Vaccination in the Punjab 1897-1904 - 1897-1904
Year: 1897
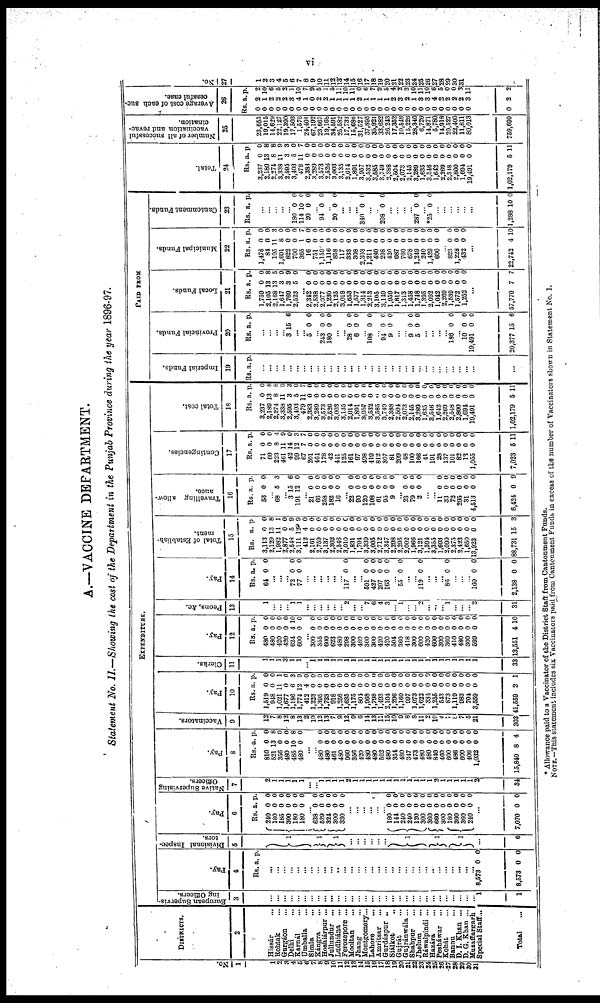
A.—VACCINE DEPARTMENT.
Statement No. II.—Showing the cost of the Department in the Punjab Province during the year 1896-97.
No.
1
1
2
3
4
5
6
7
8
9
10
11
12
13
14
15
16
17
18
19
20
21
22
23
24
25
26
27
28
29
30
31
DISTRICTS.
2
Hissár ...
Rohtak ...
Gurgáon ...
Delhi ...
Karnál ...
Umballa ...
Simla ...
Kángra ...
Hoshiárpur ...
Jullundur ...
Ludhiána ...
Ferozepore ...
Mooltan ...
Jhang ...
Montgomery ...
Lahore ...
Amritsar ...
Gurdáspur ...
Siálkot ...
Gujrát ...
Gujránwála ...
Shahpur ...
Jhelum ...
Ráwalpindi ...
Hazára ...
Pesháwar ...
Kohát ...
Bannu ...
D. I. Khan ...
D. G. Khan ...
Muzaffargarh ...
Special Staff ...
Total ...
EXPENDITURE.
European Supervis-
ing Officers.
3
...
...
...
...
...
...
...
...
...
...
...
...
...
...
...
...
...
...
...
...
...
...
...
...
...
...
...
...
...
...
... 1
1
Pay.
4
Rs. a. p.
...
...
...
...
...
...
... ...
...
... ...
...
...
...
...
...
... ...
...
...
...
... ...
...
......
...
...
... ...
... ...
8,579
8,573
0
0
0
0
Divisional
Inspec¬
tions.
5
1
1
1
...
...
...
...
...
...
1
1
1
...
6
Pay.
6
Rs.
240
180
185
300
180
180
a.
0
0
0
0
0
0
p.
0
0 0
0
0
0
... 638
529
324
300
330
0
0
0
0
0
0
0
0
0
0
...
...
...
...
...
... 180
144
240
240
120
300
360
660
300
180
360
360
240
0
0
0
0
0
0
0
0
0
0
0
0
0
0
0
0
0
0
0
0
0
0
0
0
0
0
...
7,070 0 0
Native Supervising
Officers.
7
2
1
1
1
1
1
...
...
1
1
1
1
2
1
1
1
1
1
1
1
1
1
1
1
1
2
1
1
1
1
1 2
34
Pay.
8
Rs.
810
521
356
480
485
480
a.
0
13
0
0
10
0
p
0
8
0
0
8
0
...
... 480
480
461
480
960
356
420
480
480
592
480
354
480
347
473
480
480
840
460
600
486
600
406
1,032
15,840
0
0
0
0
0
0
0
0
0
0
0
0
0
0
0
0
0
0
0
0
0
0
0
0
8
0
0
0
0
0
0
0
0
0
0
0
0
0
0
0
0
0
0
0
0
0
0
0
0
4
Vaccinators.
9
12
7
8
12
8
13
2
10
12
13
7
9
12
9
6
14
13
11
15
10
9
8
8
11
2 10
4
7
8
7
6
21
303
Pay.
10
Rs.
1,519
948
1,021
1,677
1,186
1,774
412
1,223
1,395
1,733
918
1,256
1,635
1,175
804
1,988
1,798
1,493
2,104
1,296
1,160
997
1,073
1,622
334
1,255
543
873
1,119
983
704
3,559
41,559
a.
0
0
11 0
6
12
4
0
0
0
0
0
0
0
0
0
0
0
0
0
0
0
0
0
0
0
0
0
0
0
0
0
2
p.
0
0
1
0
3
9
0
0
0
0
0
0
0
0
0
0
0
0
0
0
0
0
0
0
0
0
0
0
0
0
0
0
1
Clerks.
11
1
1
1
3
1
1
...
1
1
1
1
1
1
1
1
1
1
1
1
1
1
1
1
1
1
1
1
1
1
1
1
1
33
Pay.
12
Rs.
480
480
420
420
624
600
a.
0
0
0
0
4
0
p.
0
0
0
0
10
0
300
355
600
623
480
298
300
480
300
300
420
420
504
360
418
300
600
420
600
300
360
410
480
300
599
13,551
0
0
0
0
0
0
0
0
0
0
0
0
0
0
0
0
0
0
0
0
0
0
0
0
0
4
0
0
0
0
0
0
0
0
0
0
0
0
0
0
0
0
0
0
0
0
0
0
0
0
0
10
Peons, &c.
13
1
...
...
... 1
1
...
...
...
...
...
... 2
...
... 7
6
4
3
... 1
...
... 2
...
...
... 1
...
...
... 2
31
Pay.
14
Rs.
64
a.
0
p.
0
... ...
...
72
77
0
0
0
0
... ...
...
...
...
... 117 0 0
...
... 591
427
207
163
0
0
0
0
0
0
0
0
... 55 0 0
...
... 119 0 0
...
... ...
86 0 0
... ...
... 160
2,138
0
0
0
0
Total of Establish-
ment.
15
Rs.
3,113
2,129
1,982
2,877
2,548
3,111
412
2,161
2,759
3,137
2,302
2,546
3,010
1,831
1,704
3,339
3,005
2,712
3,347
2,298
2,295
2,002
1,966
3,121
1,594
3,355
1,603
2,099
2,375
2,423
1,650
13,923
88,731
a.
0
13
11
0
5
12
4
0
0
0
0
0
0
0
0
0
0
0
0
0
0
0
0
0
0
0
0
0
0
0
0
0
15
p.
0
6
1
0
9
9
0
0
0
0
0
0
0
0
0
0
0
0
0
0
0
0
0
0
0
0
0
0
0
0
0
0
3
Travelling allow-
ance.
16
Rs.
53
a.
0
p.
0
... 68 5 3
... 3
191
15
12 6
0
... 21
66
258
182
16
0
0
0
0
0
0
0
0
0
0
...
22
90
120
108
61
95
9
0
0
0
0
0
0
0
0
0
0
0
0
0
0
... 23
79
2
0
0
0
0
0
0
...
... 11
33
72
295
31
4,513
6,424
0
0
0
0
0
0
0
0
0
0
0
0
0
9
Contingencies.
17
Rs.
71
60
223 461
42
99
67
201
464
178
42
441
125
161
97
498
419
812
307
81
209
48
100
166
41
191
28
137
101
82
13
1,055
7,023
a.
0
0
8
11
14
12
7
0
0
0
0
0
0
0
0
0
0
0
0
0
0
0
0
0
0
0
0
0
0
0
0
0
5
p.
0
0 4
9
0
3
7
0
0
0
0
0
0
0
0
0
0
0
0
0
0
0
0
0
0
0
0
0
0
0
0
0
11
Total cost.
18
Rs.
3,237
2,189
2,274
3,338
2,595
3,403
479
2,383
3,289
3,573
2,526
3,003
3,135
2,014
1,891
3,957
3,532
3,585
3,749
2,388
2,504
2,073
2,145
3,289
1,635
3,546
1,642
2,269
2,548
2,800
1,694
19,491
1,02,179
a.
0
13
8
11
2
5
11
0
0
0
0
0
0
0
0
0
0
0
0
0
0
0
0
0
0
0
0
0
0
0
0
0
5
p.
0
8
8
9
a
0
7
0
0
0
0
0
0
0
0
0
0
0
0
0
0
0
0
0
0
0
0
0
0
0
0
0
11
PAID FROM
Imperial Funds.
19
Rs. a. p.
...
...
...
...
...
...
...
...
...
...
... ...
...
...
...
...
...
...
...
...
...
...
...
...
...
...
...
...
...
...
...
...
...
Provincial Funds.
20
Rs. a. p.
...
...
...
... 3 15 6
...
... 5 0 0
... 243
180
0
0
0
0
...
... 28
6
0
0
0
0
... 108 0 0
... 94
9
0
0
0
0
...
... 9
5
0
0
0
0
...
...
...
... 186 0 0
... 10
19,491
20,377
0
0
15
0
0
6
Local Funds.
21
Rs.
1,759
2,105
2,168
1,647
1,769
2,523
...
2,342
2,538
2,077
1,230
2,125
3,018
1,653
1,577
1,314
2,213
3,105
3,149
1,959
1,817
1,313
1,458
1,748
1,395
2,092
1,042
2,269
1,539
1,572
1,252
a.
0
13
13
3
3
5
0
0
0
0
0
0
0
0
0
0
0
0
0
0
0
0
0
0
0
0
0
0
0
0
p.
0
8
5
9
9
0
0
0
0
0
0
0
0
0
0
0
0
0
0
0
0
0
0
0
0
0
0
0
0
0
...
57,770 7 7
Municipal Funds.
22
Rs.
1,478
84
105
1,691
822
700
365
16
751
1,159
1,116
858
117
333
308
2,303
1,211
480
298
420
687
760
678
1,249
240
1,429
600
a.
0
0
11
8
0
0
1
0
0
0
0
0
0
0
0
0
0
0
0
0
0
0
0
0
0
0
0
p.
0
0
3
0 0
0
7
0
0
0
0
0
0
0
0
0
0
0
0
0
0
0
0
0
0
0
0
823
1,228
432
0
0
0
0
0
0
...
22,742 4 10
Cantonment Funds.
23
Rs. a. p.
...
...
...
...
... 180
114
20
0
10
0
0
0
0
... 94 0 0
... 20 0 0
...
... ...
340 0 0
...
... 208 0 0
...
...
...
... 287 0 0
... *25 0 0
...
... ...
...
...
...
1,288 10 0
Total.
24
Rs.
3,237
2,189
2,274
3,338
2,595
3,403
479
2,3843
3,289
3,573
2,526
3,003
3,135
2,014
1,891
3,957
3,532
3,685
3,749
2,388
2,504
2,073
2,145
3,289
1,635
3,546
1,642
2,269
2,548
2,800
1,694
19,491
1,02,179
a.
0
13
8
11
3
5
11
0
0
0
0 0
0
0
0
0
0
0
0
0
0
0
0
0
0
0
0
0
0
0
0
0
5
p.
0
8
8
9
3 0
7
0
0
0
0
0
0
0
0
0
0
0
0
0
0
0
0
0
0
0
0
0
0
0
0
0
11
Number of all successful
vaccination and revac¬
cination.
25
23,655
19,015
14,629
22,127
19,390
17,503
1,576
24,401
67,192
23,667
19,168
34,591
25,582
17,733
15,686
31,527
37,895
35,921
33,682
26,243
17,352
10,546
15,226
28,346
6,726
14,871
5,780
14,918
20,527
22,400
11,811
80,013
759,699
Average cost of each suc-
cessful case.
26
Rs.
0
0
0
0
0
0
0
0
0
0
0
0
0
0
0
0
0
0
0
0
0
0
0
0
0
0
0
0
0
0
0
0
0
a.
2
1
2
2 2
3
4
1
0
2
2 1
1
1
1
2
1
1
1
1
2
3
2
1
3
3
4
2
2
2
2
3
2
p.
2
10
6
5
2 1
10
7
9
5
1
5
11
10
11
0
6
7
9
5
4
2
3
10
11
10
6
5
0
0
3
11
2
No.
27
1
2
3
4
5
6
7
8
9
10
11
12
13
14
15
16
17
18
19
20
21
22
23
24
25
26
27
28
29
30
31
* Allowance paid to a Vaccinator of the District Staff from Cantonment Funds.
NOTE.—This statement includes six Vaccinators paid from Cantonment Funds in excess of the number of Vaccinators shown in Statement No. I.
vi